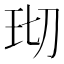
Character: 𬍔